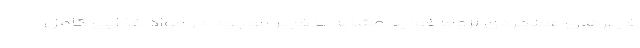
فیبرهای عملکردی لزوما فواید مشابه با فیبر موجود در مواد غذایی کامل